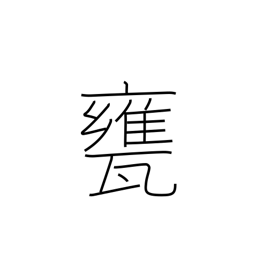
Meaning: vat